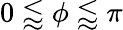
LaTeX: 0\lessapprox\phi\lessapprox\pi